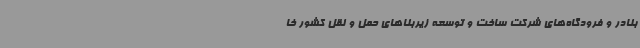
بنادر و فرودگاه‌های شرکت ساخت و توسعه زیربناهای حمل و نقل کشور خا